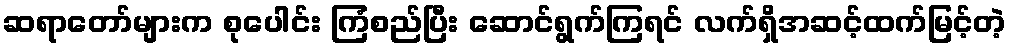
ဆရာတော်များက စုပေါင်း ကြံစည်ပြီး ဆောင်ရွက်ကြရင် လက်ရှိအဆင့်ထက်မြင့်တဲ့